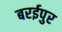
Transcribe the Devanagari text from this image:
बरईपुर